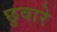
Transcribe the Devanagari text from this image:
छुवारे